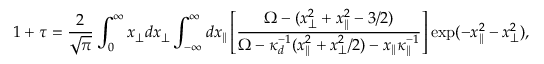
1 + \tau = \frac { 2 } { \sqrt { \pi } } \int _ { 0 } ^ { \infty } x _ { \perp } d x _ { \perp } \int _ { - \infty } ^ { \infty } d x _ { \| } \left[ \frac { \Omega - ( x _ { \perp } ^ { 2 } + x _ { \| } ^ { 2 } - 3 / 2 ) } { \Omega - \kappa _ { d } ^ { - 1 } ( x _ { \| } ^ { 2 } + x _ { \perp } ^ { 2 } / 2 ) - x _ { \| } \kappa _ { \| } ^ { - 1 } } \right] \exp ( - x _ { \| } ^ { 2 } - x _ { \perp } ^ { 2 } ) ,